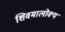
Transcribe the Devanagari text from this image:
शिवमालोक्य